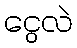
ငွေလဲ